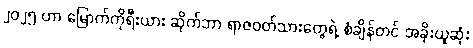
၂၀၂၅ ဟာ မြောက်ကိုရီးယား ဆိုက်ဘာ ရာဇဝတ်သားတွေရဲ့ စံချိန်တင် အခိုးယူဆုံး